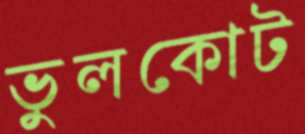
ভুলকোট